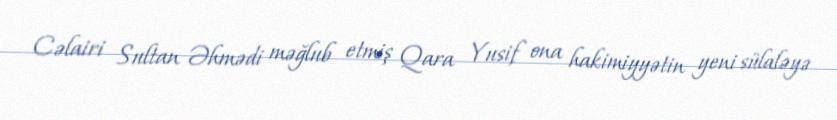
Cəlairi Sultan Əhmədi məğlub etmiş Qara Yusif ona hakimiyyətin yeni sülaləyə